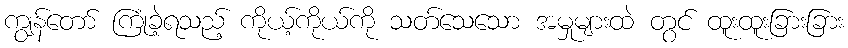
ကျွန်တော် ကြုံခဲ့ရသည့် ကိုယ့်ကိုယ်ကို သတ်သေသော အမှုများထဲ တွင် ထူးထူးခြားခြား